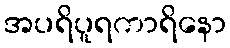
အပရိပူရကာရိနော